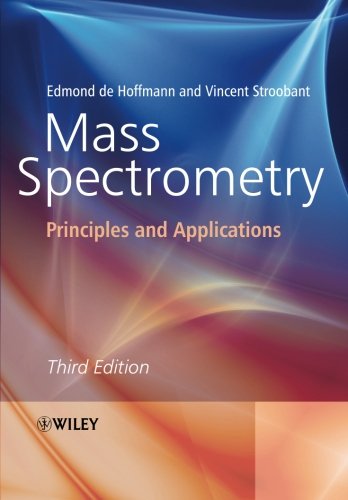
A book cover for Mass Spectrometry: Principles and Applications; Edmond de Hoffmann; Science & Math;